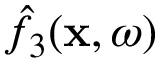
\hat { f } _ { 3 } ( { \bf x } , \omega )